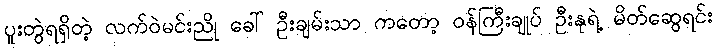
ပူးတွဲရရှိတဲ့ လက်ဝဲမင်းညို ခေါ် ဦးချမ်းသာ ကတော့ ဝန်ကြီးချုပ် ဦးနုရဲ့ မိတ်ဆွေရင်း